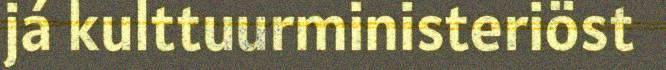
já kulttuurministeriöst